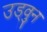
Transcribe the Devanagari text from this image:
उड्वुन